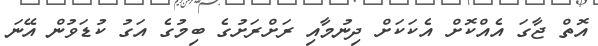
އޮތް ޖާގަ އެއްކޮށް އެކަކަށް ދިނުމާއި ރަށްރަށުގެ ބިމުގެ އަގު ކުޑަވުން އޭނަ